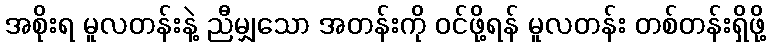
အစိုးရ မူလတန်းနဲ့ ညီမျှသော အတန်းကို ဝင်ဖို့ရန် မူလတန်း တစ်တန်းရှိဖို့